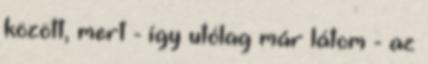
között, mert - így utólag már látom - az